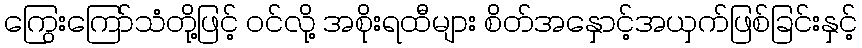
ကြွေးကြော်သံတို့ဖြင့် ဝင်လို့ အစိုးရထီများ စိတ်အနှောင့်အယှက်ဖြစ်ခြင်းနှင့်